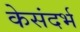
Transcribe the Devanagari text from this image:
केसंदर्भ